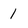
Character: 1